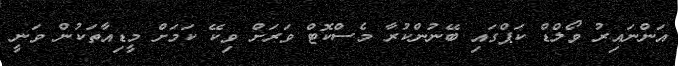
އަންނައިރު ވޯލްޑް ކަޕްގައި ބޭނުންކުރާ މެސްކޮޓް ވަރަށް ވިކޭ ކަމަށް މީޑިއާތަކުން ވަނީ